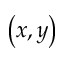
\left( x , y \right)